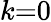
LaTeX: k{=}0